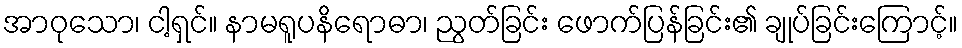
အာဝုသော၊ ငါ့ရှင်။ နာမရူပနိရောဓာ၊ ညွတ်ခြင်း ဖောက်ပြန်ခြင်း၏ ချုပ်ခြင်းကြောင့်။